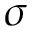
\sigma